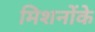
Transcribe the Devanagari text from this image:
मिशनोंके